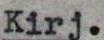
Kirj.